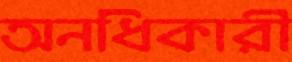
অনধিকারী